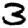
Digit: 3